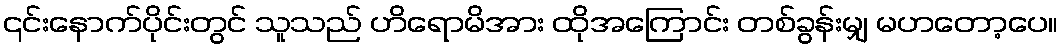
၎င်းနောက်ပိုင်းတွင် သူသည် ဟိရောမိအား ထိုအကြောင်း တစ်ခွန်းမျှ မဟတော့ပေ။